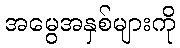
အမွေအနှစ်များကို